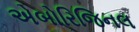
એબોરિજિનલ